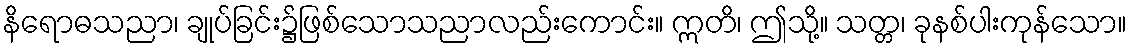
နိရောဓသညာ၊ ချုပ်ခြင်း၌ဖြစ်သောသညာလည်းကောင်း။ ဣတိ၊ ဤသို့။ သတ္တ၊ ခုနစ်ပါးကုန်သော။